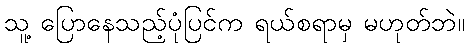
သူ့ ပြောနေသည့်ပုံပြင်က ရယ်စရာမှ မဟုတ်ဘဲ။